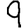
Digit: 9